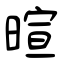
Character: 暄